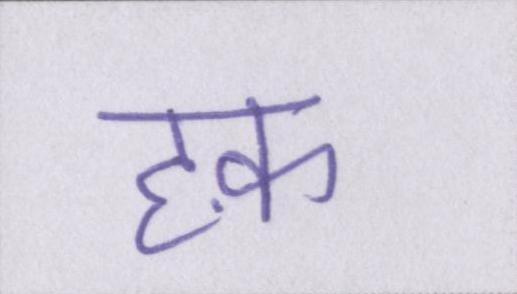
हक़